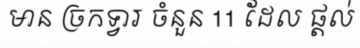
មាន ច្រកទ្វារ ចំនួន 11 ដែល ផ្តល់